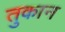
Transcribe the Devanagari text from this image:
तुकान